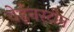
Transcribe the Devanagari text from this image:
वेईनस्टीन